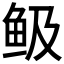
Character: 𩽹